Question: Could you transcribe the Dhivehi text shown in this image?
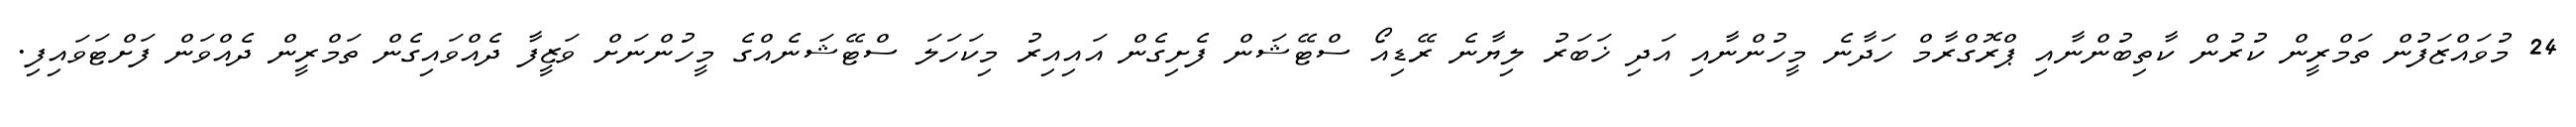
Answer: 24 މުވައްޒަފުން ތަމްރީން ކުރުން ކާތިބުންނާއި ޕްރޮގްރާމް ހަދާނެ މީހުންނާއި އަދި ޚަބަރު ލިޔާނެ ރޭޑިއޯ ސްޓޭޝަން ފެށިގެން އައިއިރު މިކަހަލަ ސްޓޭޝަނެއްގެ މީހުންނަށް ވަޒީފާ ދެއްވައިގެން ތަމްރީން ދެއްވަން ފަށްޓަވައިފި.